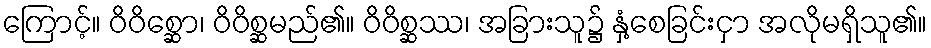
ကြောင့်။ ဝိဝိစ္ဆော၊ ဝိဝိစ္ဆမည်၏။ ဝိဝိစ္ဆဿ၊ အခြားသူ၌ နှံ့စေခြင်းငှာ အလိုမရှိသူ၏။